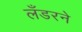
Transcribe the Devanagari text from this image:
लँडरने